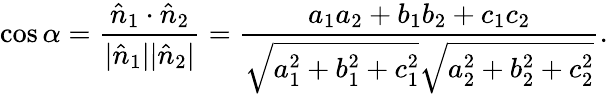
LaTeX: \cos\alpha={\frac{{\hat{n}}_{1}\cdot{\hat{n}}_{2}}{|{\hat{n}}_{1}||{\hat{n}}_{2}|}}={\frac{a_{1}a_{2}+b_{1}b_{2}+c_{1}c_{2}}{{\sqrt{a_{1}^{2}+b_{1}^{2}+c_{1}^{2}}}{\sqrt{a_{2}^{2}+b_{2}^{2}+c_{2}^{2}}}}}.